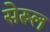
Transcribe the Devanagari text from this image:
सेरूल